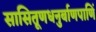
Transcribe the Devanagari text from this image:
सासितूणधनुर्बाणपाणिं